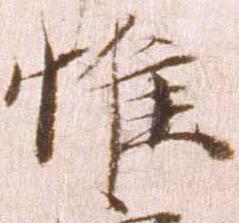
惟